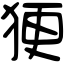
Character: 㹴